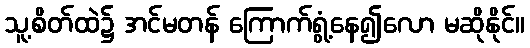
သူ့စိတ်ထဲ၌ အင်မတန် ကြောက်ရွံ့နေ၍လော မဆိုနိုင်။